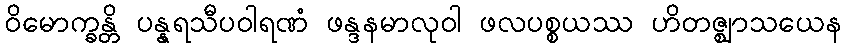
ဝိမောက္ခန္တိ ပန္နရသီပဝါရဏံ ဖန္ဒနမာလုဝါ ဖလပစ္စယဿ ဟိတဇ္ဈာသယေန